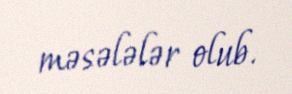
məsələlər olub.